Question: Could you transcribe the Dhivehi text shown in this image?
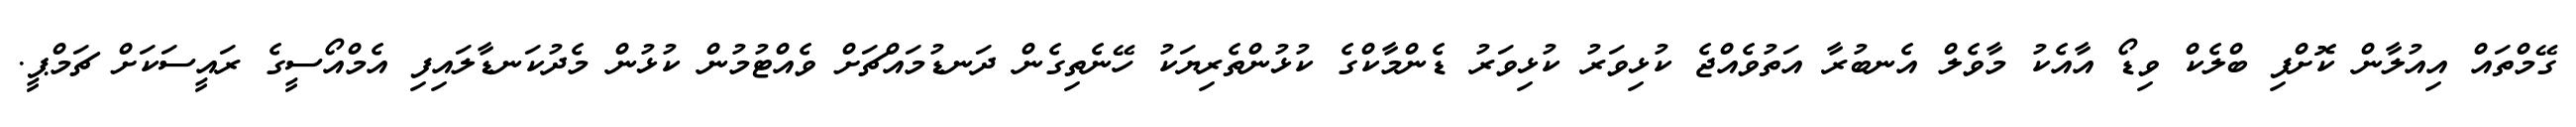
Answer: ގޭމްތައް އިއުލާން ކޮށްފި ބްލެކް ވިޑޯ އާއެކު މާވެލް އެނބުރާ އަތުވެއްޖެ ކުޅިވަރު ކުޅިވަރު ޑެންމާކްގެ ކުޅުންތެރިޔަކު ހޭނެތިގެން ދަނޑުމައްޗަށް ވެއްޓުމުން ކުޅުން މެދުކަނޑާލައިފި އެމްއޯސީގެ ރައީސަކަށް ޗަމްޕީ.